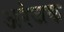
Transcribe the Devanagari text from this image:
अरंजक